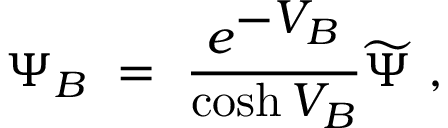
\Psi _ { B } \ = \ \frac { e ^ { \displaystyle - V _ { B } } } { \cosh V _ { B } } \widetilde \Psi \ ,